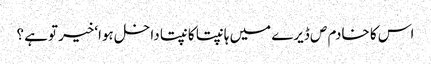
اس کا خادم ص ڈیرے میں ہانپتا کانپتا داخل ہوا‘خیر توہے ؟